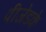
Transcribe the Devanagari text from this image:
पीजेडके